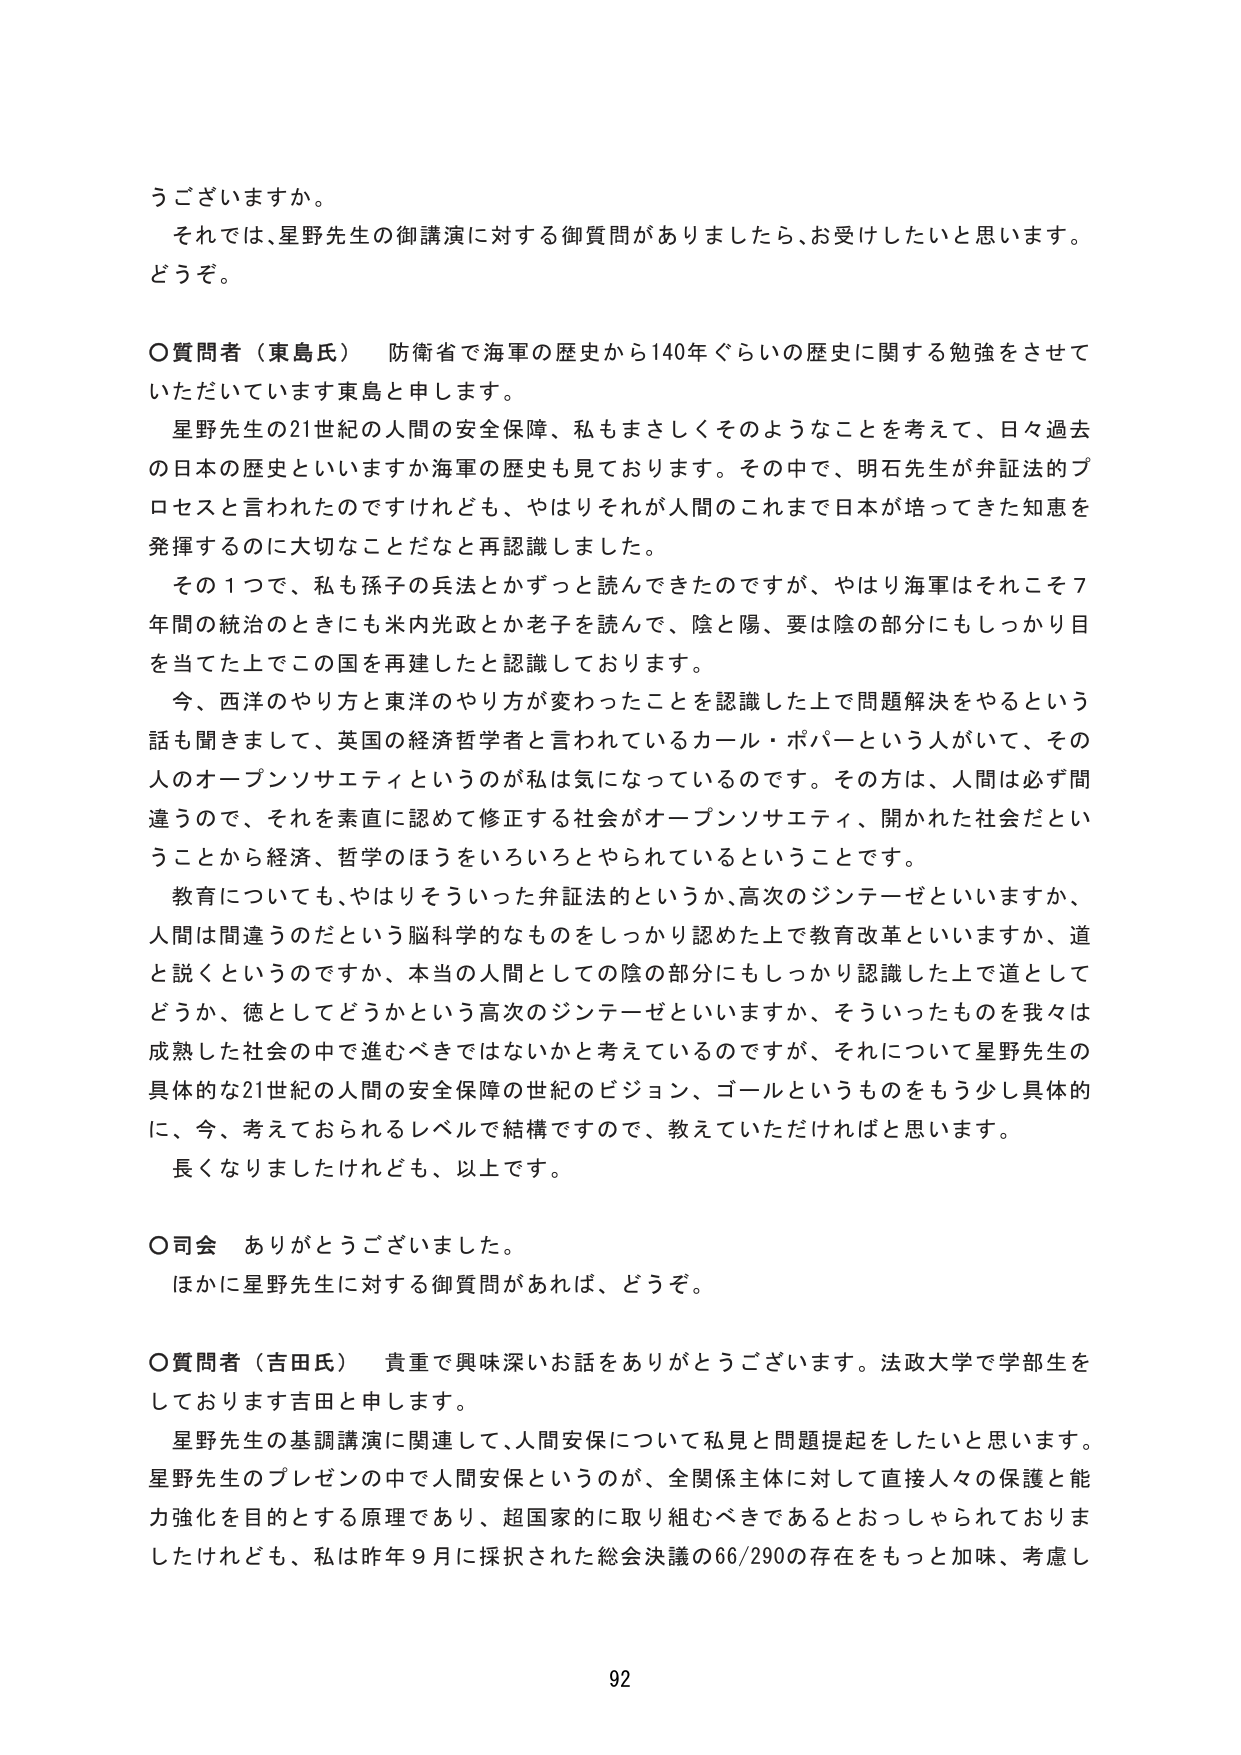
うございますか。
それでは、星野先生の御講演に対する御質問がありましたら、お受けしたいと思います。
どうぞ。

〇質問者（東島氏）　防衛省で海軍の歴史から140年ぐらいの歴史に関する勉強をさせていただいています東島と申します。
　星野先生の21世紀の人間の安全保障、私もまさしくそのようなことを考えて、日々過去の日本の歴史といいますか海軍の歴史も見ております。その中で、明石先生が弁証法的プロセスと言われたのですけれども、やはりそれが人間のこれまで日本が培ってきた知恵を発揮するのに大切なことだなと再認識しました。
　その１つで、私も孫子の兵法とかずっと読んできたのですが、やはり海軍はそれこそ7年間の統治のときにも米内光政とか老子を読んで、陰と陽、要は陰の部分にもしっかり目を当てた上でこの国を再建したと認識しております。
　今、西洋のやり方と東洋のやり方が変わったことを認識した上で問題解決をやるという話も聞きまして、英国の経済哲学者と言われているカール・ポパーという人がいて、その人のオープンソサエティというのが私は気になっているのです。その方は、人間は必ず間違うので、それを素直に認めて修正する社会がオープンソサエティ、開かれた社会だということから経済、哲学のほうをいろいろとやられているということです。
　教育についても、やはりそういった弁証法的というか、高次のジンテーゼといいますか、人間は間違うのだという脳科学的なものをしっかり認めた上で教育改革といいますか、道と説くというのですか、本当の人間としての陰の部分にもしっかり認識した上で道としてどうか、徳としてどうかという高次のジンテーゼといいますか、そういったものを我々は成熟した社会の中で進むべきではないかと考えているのですが、それについて星野先生の具体的な21世紀の人間の安全保障の世紀のビジョン、ゴールというものをもう少し具体的に、今、考えておられるレベルで結構ですので、教えていただければと思います。
　長くなりましたけれども、以上です。

〇司会　ありがとうございました。
　ほかに星野先生に対する御質問があれば、どうぞ。

〇質問者（吉田氏）　貴重で興味深いお話ありがとうございます。法政大学で学部生をしています吉田と申します。
　星野先生の基調講演に関連して、人間安保について私見と問題提起をしたいと思います。星野先生のプレゼンの中で人間安保というのが、全関係主体に対して直接人々の保護と能力強化を目的とする原理であり、超国家的に取り組むべきであるとおっしゃられておりましたけれども、私は昨年9月に採択された総会決議の66/290の存在をもっと加味、考慮し

92